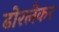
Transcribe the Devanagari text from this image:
ढोरलेकर